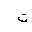
Letter: _ta